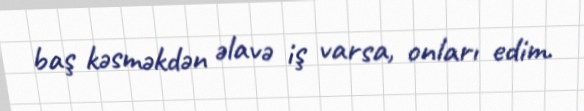
baş kəsməkdən əlavə iş varsa, onları edim.